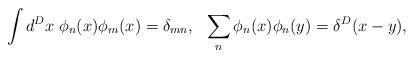
LaTeX: \begin{align*}\int d^Dx \; \phi_n(x) \phi_m(x) = \delta_{mn},\:\:\: \sum_n \phi_n(x) \phi_n(y) = \delta^D(x-y),\end{align*}